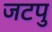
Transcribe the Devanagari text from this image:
जटपु